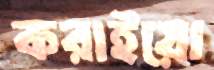
করাইয়ো